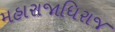
મહારાજાધિરાજ